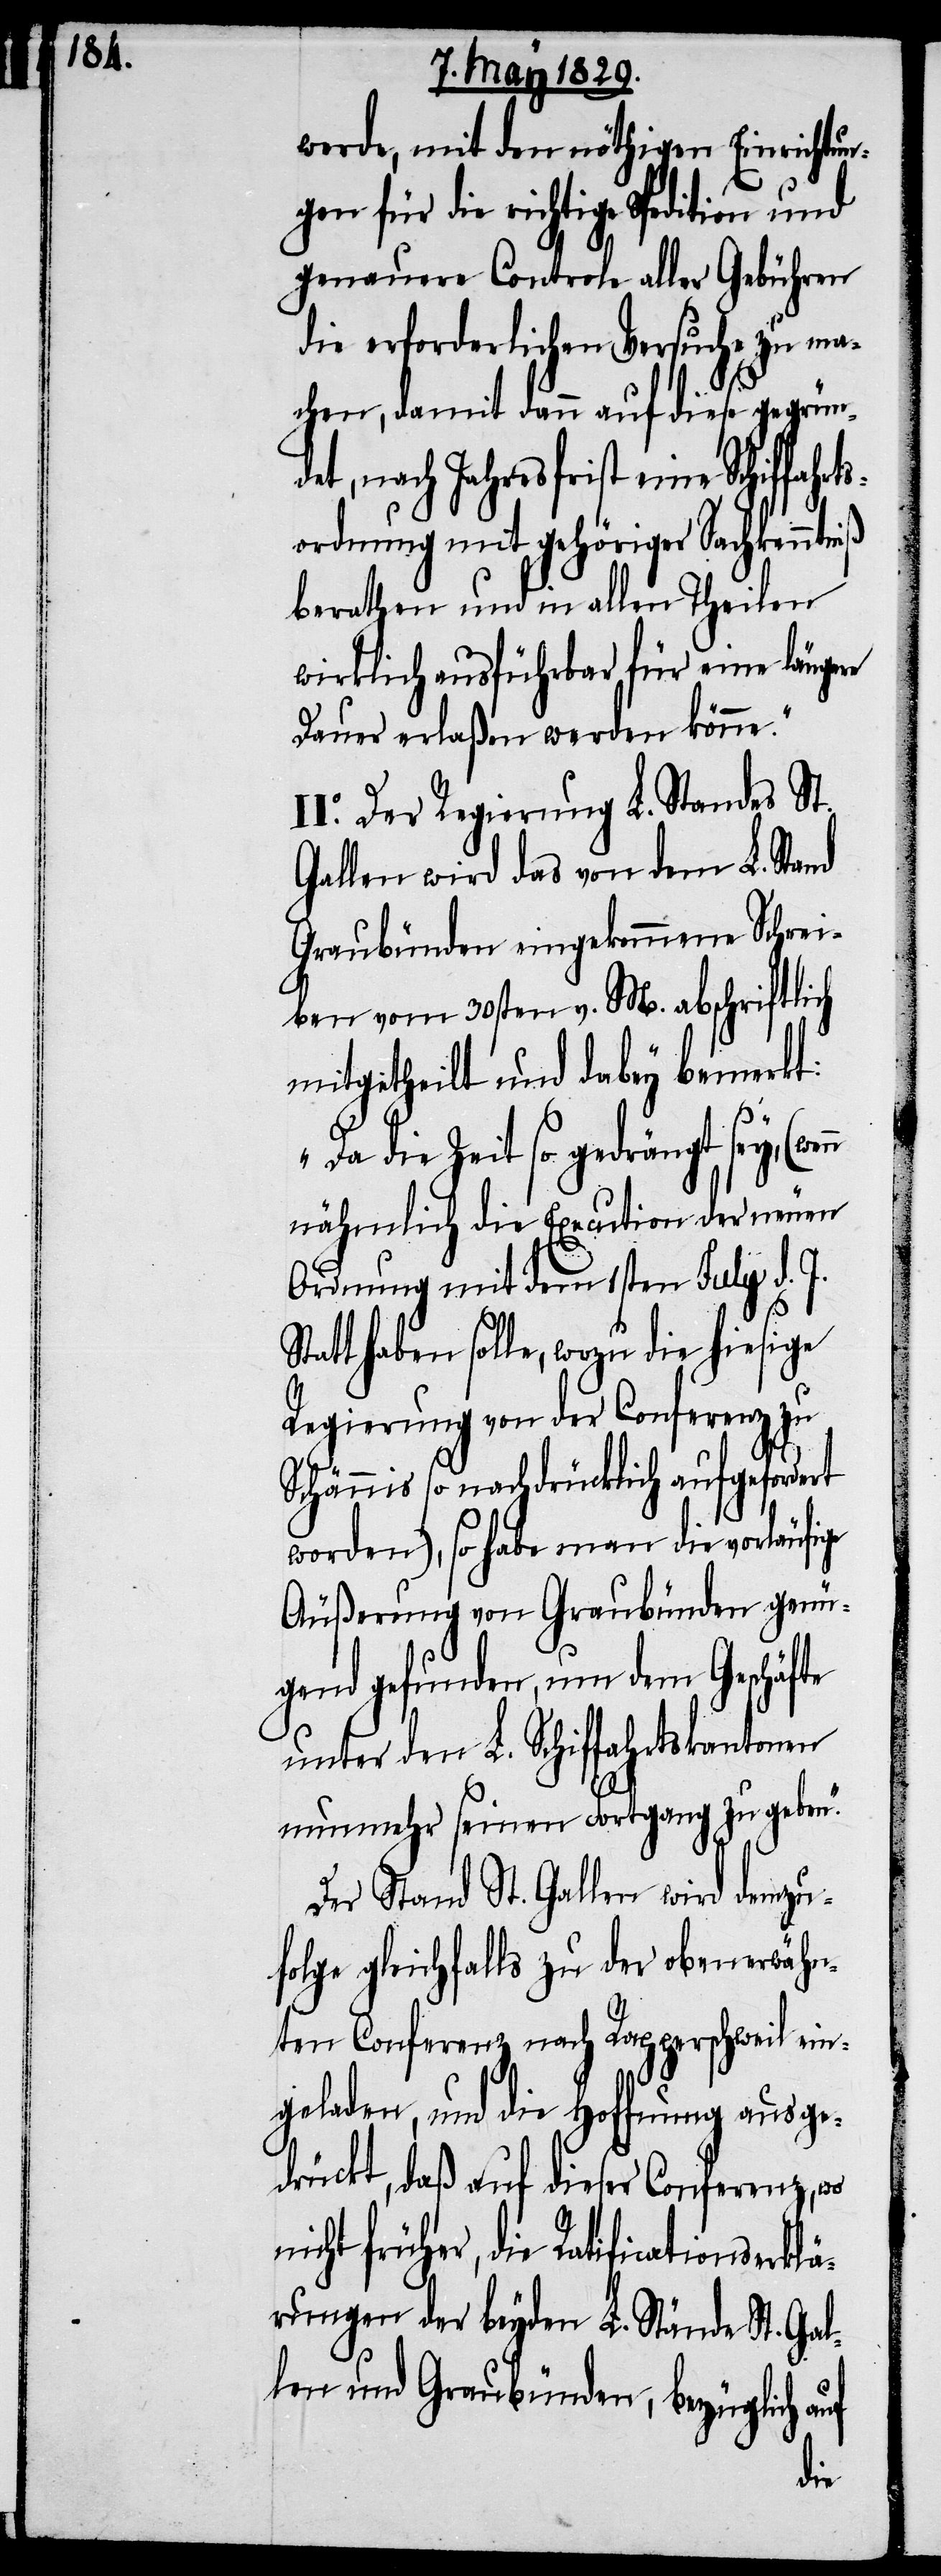
Sta¬

werde, mit den nöthigen Einrichtun¬
gen für die richtige Spedition und
genauere Controle aller Gebühren
die erforderlichen Versuche zu ma¬
chen, damit dann auf diese gegründe¬
t, nach Jahresfrist eine Schiff¬
ordnung mit gehöriger Sachkenntniß
berathen und in allen Theilen
wirklich ausführbar für eine längere
Dauer erlaßen werden könne.“
II.o Der Regierung L. Standes St.
Gallen wird das von dem L. Stand
Graubünden eingekommene Schrei¬
ben vom 30sten v. M. abschriftlich
mitgetheilt und dabey bemerkt:
„Da die Zeit so gedrängt sey, (wen¬
n nähmlich die Execution der neuen
Ordnung mit dem 1sten July d. J.
tt haben solle, wozu die hiesige
Regierung von der Conferenz zu
Schännis so nachdrücklich aufgefordert
worden), so habe man die vorläufige
Äußerung von Graubünden genü¬
gend gefunden, um dem Geschäfte
unter den L. Schiffahrtskantonen
nunmehr seinen Fortgang zu geben.“
Der Stand St. Gallen wird demzu¬
folge gleichfalls zu der obenerwähn¬
ten Conferenz nach Rapperschweil ein¬
geladen, und die Hoffnung ausge¬
drückt, daß auf dieser Conferenz, wo
cht früher, die Ratificationserklä¬
rungen der beyden L. Stände St. Gal¬
len und Graubünden, bezüglich auf
ni¬